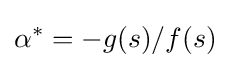
\alpha ^{*}=-g(s)/f(s)